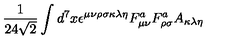
\frac { 1 } { 2 4 \sqrt { 2 } } \int d ^ { 7 } x \epsilon ^ { \mu \nu \rho \sigma \kappa \lambda \eta } F _ { \mu \nu } ^ { a } F _ { \rho \sigma } ^ { a } A _ { \kappa \lambda \eta }